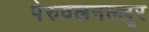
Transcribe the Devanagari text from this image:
पेरुवलनल्लूर